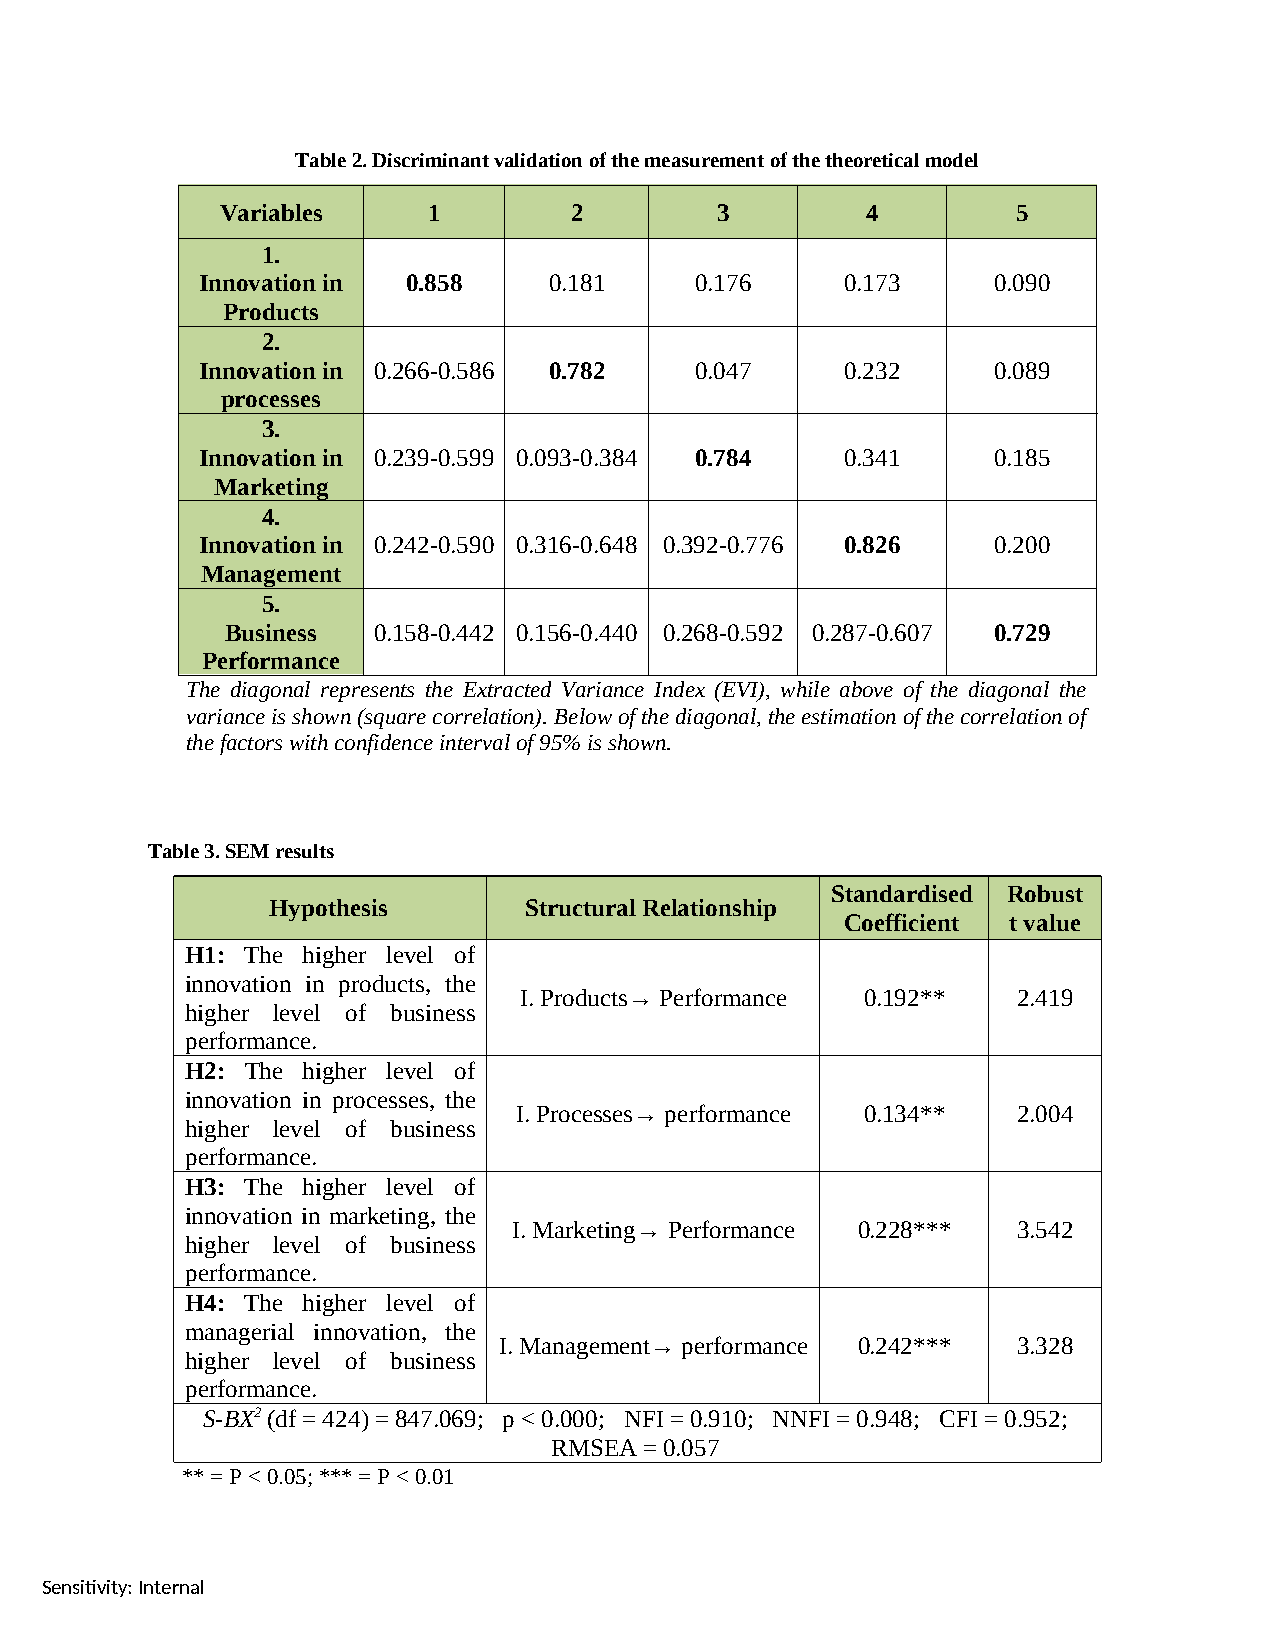
Table 2. Discriminant validation of the measurement of the theoretical model
 Variables    1         2        3         4         5
 1.
 Innovation in 0.858    0.181     0.176     0.173     0.090
 Products
 2.
 Innovation in 0.266-0.586 0.782  0.047     0.232     0.089
 processes
 3.
 Innovation in 0.239-0.599 0.093-0.384 0.784 0.341    0.185
 Marketing
 4.
 Innovation in 0.242-0.590 0.316-0.648 0.392-0.776 0.826 0.200
 Management
 5.
 Business  0.158-0.442 0.156-0.440 0.268-0.592 0.287-0.607 0.729
 Performance
 The diagonal represents the Extracted Variance Index (EVI), while above of the diagonal the
 variance is shown (square correlation). Below of the diagonal, the estimation of the correlation of
 the factors with confidence interval of 95% is shown.
 Table 3. SEM results
 Standardised Robust
 Hypothesis       Structural Relationship
 Coefficient t value
 H1: The higher level of
 innovation in products, the
 I. Products→ Performance 0.192** 2.419
 higher level of business
 performance.
 H2: The higher level of
 innovation in processes, the
 I. Processes→ performance 0.134** 2.004
 higher level of business
 performance.
 H3: The higher level of
 innovation in marketing, the
 I. Marketing→ Performance 0.228*** 3.542
 higher level of business
 performance.
 H4: The higher level of
 managerial innovation, the
 I. Management→ performance 0.242*** 3.328
 higher level of business
 performance.
 S-BX2 (df = 424) = 847.069; p < 0.000; NFI = 0.910; NNFI = 0.948; CFI = 0.952;
 RMSEA  = 0.057
 ** = P < 0.05; *** = P < 0.01
 Sensitivity: Internal